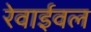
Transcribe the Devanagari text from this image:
रेवाईवल